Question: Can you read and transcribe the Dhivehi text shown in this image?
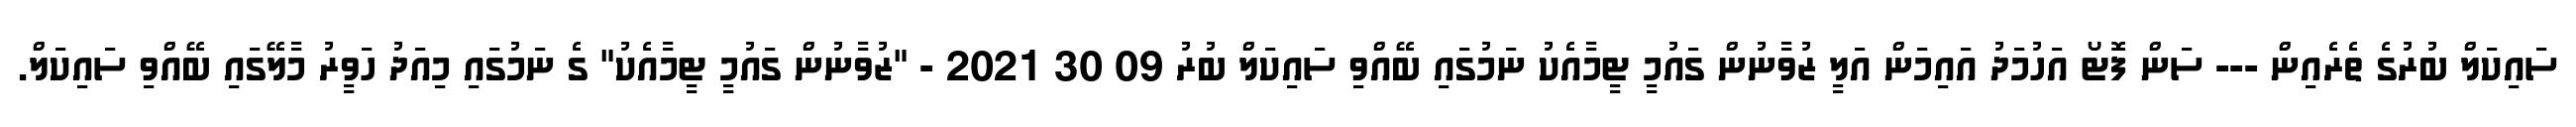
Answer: ސައިކަލް ބުރުގެ ތެރެއިން --- ސަން ފޮޓޯ އަހުމަދު އައިމަން އަލީ ޒުވާނުން ގައުމީ ޓީމާއެކު ނަމުގައި ބޭއްވި ސައިކަލް ބުރު 09 30 2021 - "ޒުވާނުން ގައުމީ ޓީމާއެކު" ގެ ނަމުގައި މިއަދު ހަވީރު މާލޭގައި ބޭއްވި ސައިކަލް.